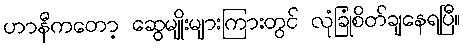
ဟာနီကတော့ ဆွေမျိုးများကြားတွင် လုံခြုံစိတ်ချနေရပြီ။